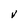
Character: V